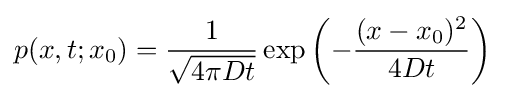
p(x,t;x_{0})={\frac {1}{\sqrt {4\pi Dt}}}\exp \left(-{\frac {(x-x_{0})^{2}}{4Dt}}\right)